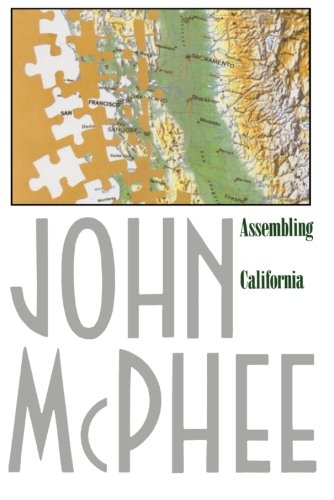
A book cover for Assembling California; John McPhee; Science & Math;